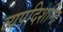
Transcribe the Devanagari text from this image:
व्यपदिशन्ति